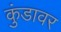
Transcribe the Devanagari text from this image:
कुंडावर